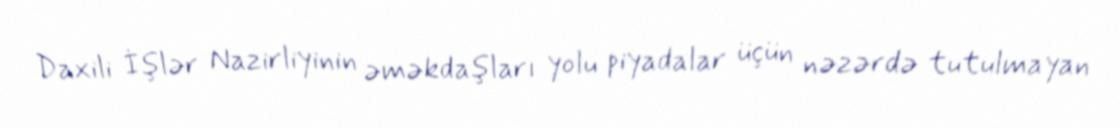
Daxili İşlər Nazirliyinin əməkdaşları yolu piyadalar üçün nəzərdə tutulmayan